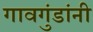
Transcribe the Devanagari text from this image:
गावगुंडांनी